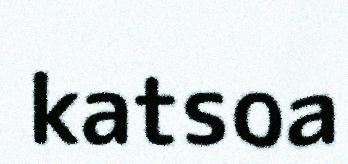
katsoa